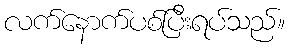
လက်နောက်ပစ်ပြီးရပ်သည်။